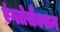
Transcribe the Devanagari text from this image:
एंग्लोसैक्सन